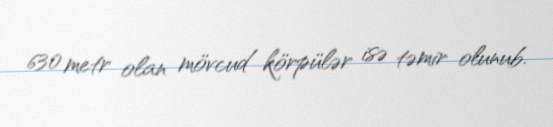
630 metr olan mövcud körpülər isə təmir olunub.